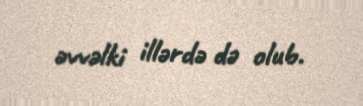
əvvəlki illərdə də olub.